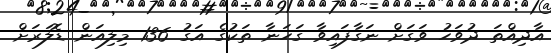
އާދިއްތަ ދުވަހު ވަގަށް ނަގާފައިވާ ގަހަނާ ތަކުގެ އަގު 136 މިލިއަން ޑޮލަރަށް